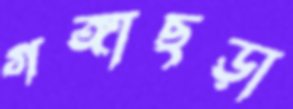
গঙ্গাছড়া